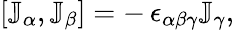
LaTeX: \left[\mathbb J_{\alpha},\mathbb J_{\beta}\right]=-\, \epsilon_{\alpha\beta\gamma}\mathbb J_{\gamma},